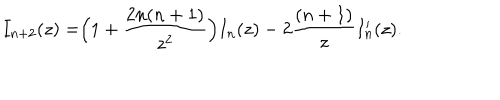
I _ { n + 2 } ( z ) = \Bigr ( 1 + { \frac { 2 n ( n + 1 ) } { z ^ { 2 } } } \Bigr ) I _ { n } ( z ) - 2 { \frac { ( n + 1 ) } { z } } I _ { n } ^ { \prime } ( z ) .